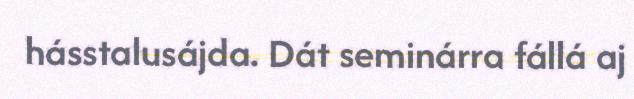
hásstalusájda. Dát seminárra fállá aj